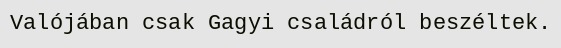
Valójában csak Gagyi családról beszéltek.